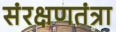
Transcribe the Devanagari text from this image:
संरक्षणतंत्रा